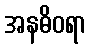
အနဓိဝရာ